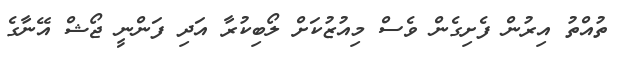
ތުއްތު އިރުން ފެށިގެން ވެސް މިއުޒުކަށް ލޯބިކުރާ އަދި ފަންނީ ޖޯޝް އޭނާގެ